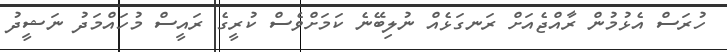
ހުރަސް އެޅުމުން ރާއްޖެއަށް ރަނގަޅެއް ނުލިބޭނެ ކަމަށްވެސް ކުރީގެ ރައީސް މުހައްމަދު ނަޝީދު